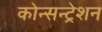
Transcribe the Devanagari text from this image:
कोन्सन्ट्रेशन